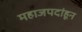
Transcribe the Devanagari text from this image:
महाजपदांहून